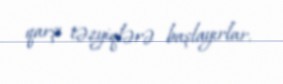
qarşı təzyiqlərə başlayırlar.